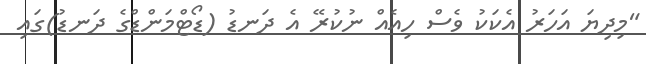
"މިދިޔަ އަހަރު އެކަކު ވެސް ހިއެއް ނުކުރޭ އެ ދަނޑު (ޑޯޓްމަންޑްގެ ދަނޑު)ގައި